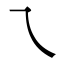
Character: ㇝